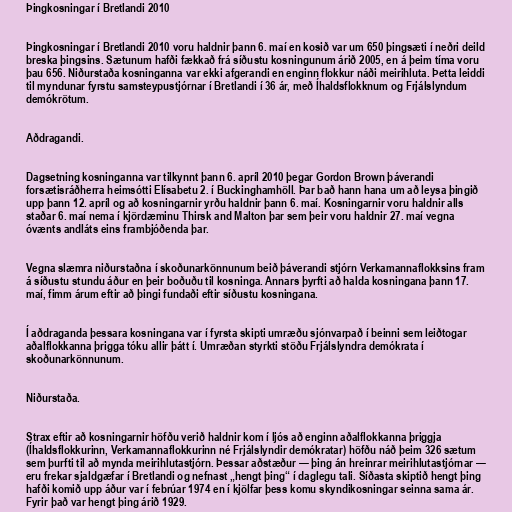
Þingkosningar í Bretlandi 2010

Þingkosningar í Bretlandi 2010 voru haldnir þann 6. maí en kosið var um 650 þingsæti í neðri deild
breska þingsins. Sætunum hafði fækkað frá síðustu kosningunum árið 2005, en á þeim tíma voru
þau 656. Niðurstaða kosninganna var ekki afgerandi en enginn flokkur náði meirihluta. Þetta leiddi
til myndunar fyrstu samsteypustjórnar í Bretlandi í 36 ár, með Íhaldsflokknum og Frjálslyndum
demókrötum.

Aðdragandi.

Dagsetning kosninganna var tilkynnt þann 6. apríl 2010 þegar Gordon Brown þáverandi
forsætisráðherra heimsótti Elísabetu 2. í Buckinghamhöll. Þar bað hann hana um að leysa þingið
upp þann 12. apríl og að kosningarnir yrðu haldnir þann 6. maí. Kosningarnir voru haldnir alls
staðar 6. maí nema í kjördæminu Thirsk and Malton þar sem þeir voru haldnir 27. maí vegna
óvænts andláts eins frambjóðenda þar.

Vegna slæmra niðurstaðna í skoðunarkönnunum beið þáverandi stjórn Verkamannaflokksins fram
á síðustu stundu áður en þeir boðuðu til kosninga. Annars þyrfti að halda kosningana þann 17.
maí, fimm árum eftir að þingi fundaði eftir síðustu kosningana.

Í aðdraganda þessara kosningana var í fyrsta skipti umræðu sjónvarpað í beinni sem leiðtogar
aðalflokkanna þrigga tóku allir þátt í. Umræðan styrkti stöðu Frjálslyndra demókrata í
skoðunarkönnunum.

Niðurstaða.

Strax eftir að kosningarnir höfðu verið haldnir kom í ljós að enginn aðalflokkanna þriggja
(Íhaldsflokkurinn, Verkamannaflokkurinn né Frjálslyndir demókratar) höfðu náð þeim 326 sætum
sem þurfti til að mynda meirihlutastjórn. Þessar aðstæður — þing án hreinrar meirihlutastjórnar —
eru frekar sjaldgæfar í Bretlandi og nefnast „hengt þing“ í daglegu tali. Síðasta skiptið hengt þing
hafði komið upp áður var í febrúar 1974 en í kjölfar þess komu skyndikosningar seinna sama ár.
Fyrir það var hengt þing árið 1929.